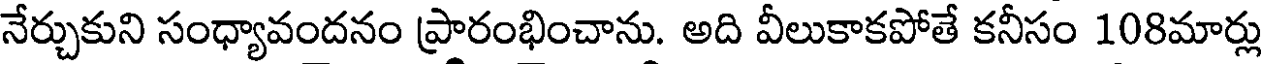
నేర్చుకుని సంధ్యావందనం ప్రారంభించాను. అది వీలుకాకపోతే కనీసం 108మార్లు